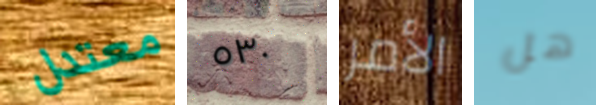
معتدل ٥٣٠ الأمر هل